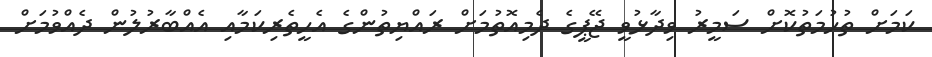
ކަމަށް ތުހުމަތުކޮށް ސަމީރު ވިދާޅުވީ ޖޭޕީގެ ދެމިއޮތުމަށް ރައްޔިތުންގެ އެހީތެރިކަމާއި އެއްބާރުލުން ދެއްވުމަށް